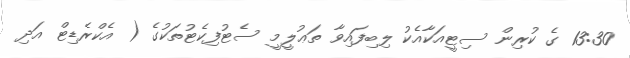
13:30 ގެ ކުރިން ސިޓީއަކާއެކު ލިބިފައިވާ ތަޢުލީމީ ސެޓުފިކެޓުތަކުގެ ( އެކްރެޑިޓް އަދި